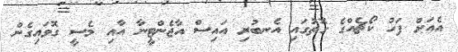
އެއަށް ފަހު ކޯޗެއްގެ ގޮތުގައި އެނބުރި އައިސް އާޖެންޓީނާ އާއި މެސީ ގޮވައިގެން